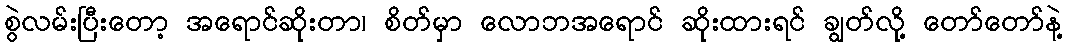
စွဲလမ်းပြီးတော့ အရောင်ဆိုးတာ၊ စိတ်မှာ လောဘအရောင် ဆိုးထားရင် ချွတ်လို့ တော်တော်နဲ့